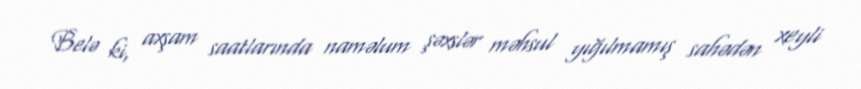
Belə ki, axşam saatlarında naməlum şəxslər məhsul yığılmamış sahədən xeyli